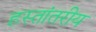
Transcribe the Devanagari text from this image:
हस्‍तांतरीय